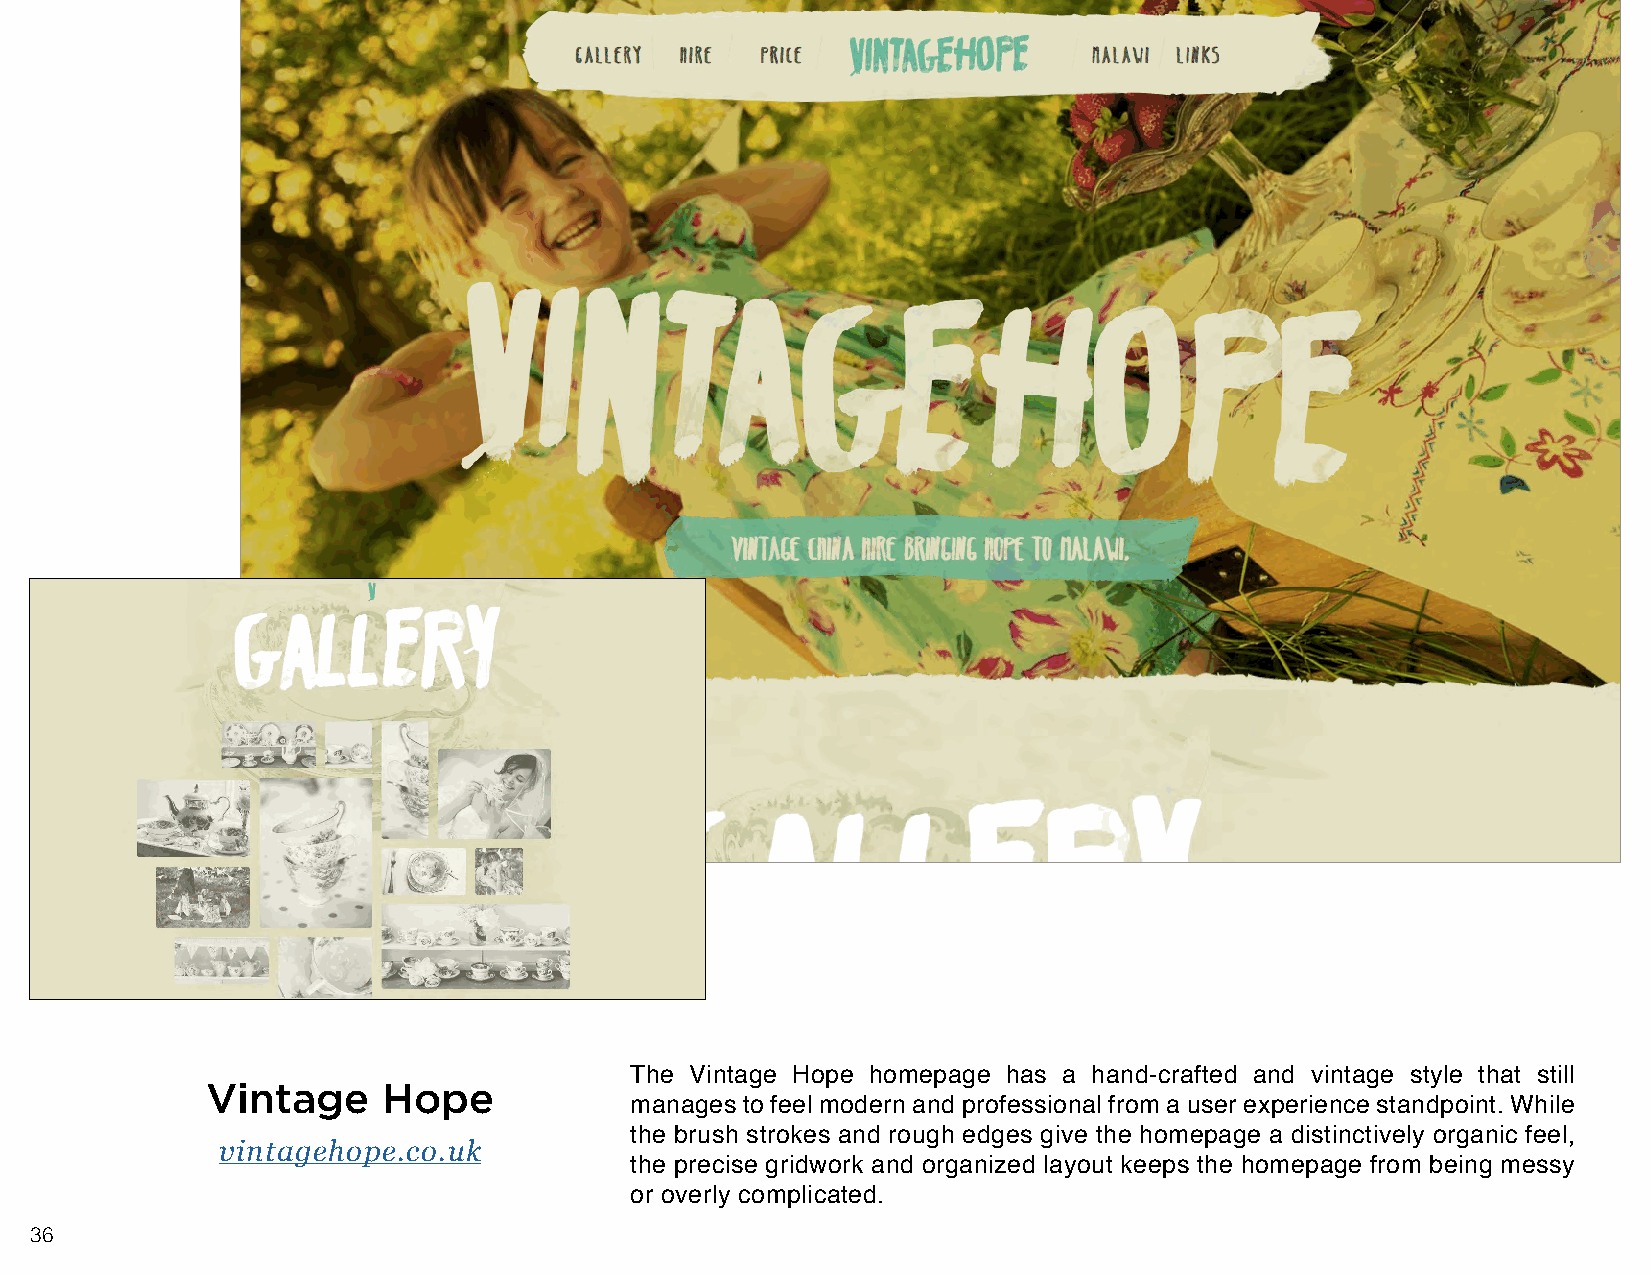
The Vintage Hope homepage has a hand-crafted and vintage style that still
 Vintage    Hope
 manages to feel modern and professional from a user experience standpoint. While
 the brush strokes and rough edges give the homepage a distinctively organic feel,
 vintagehope.co.uk
 the precise gridwork and organized layout keeps the homepage from being messy
 or overly complicated.
 36